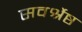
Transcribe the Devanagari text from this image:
सवर्श्रेष्ठ